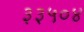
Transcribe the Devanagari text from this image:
३३५०४